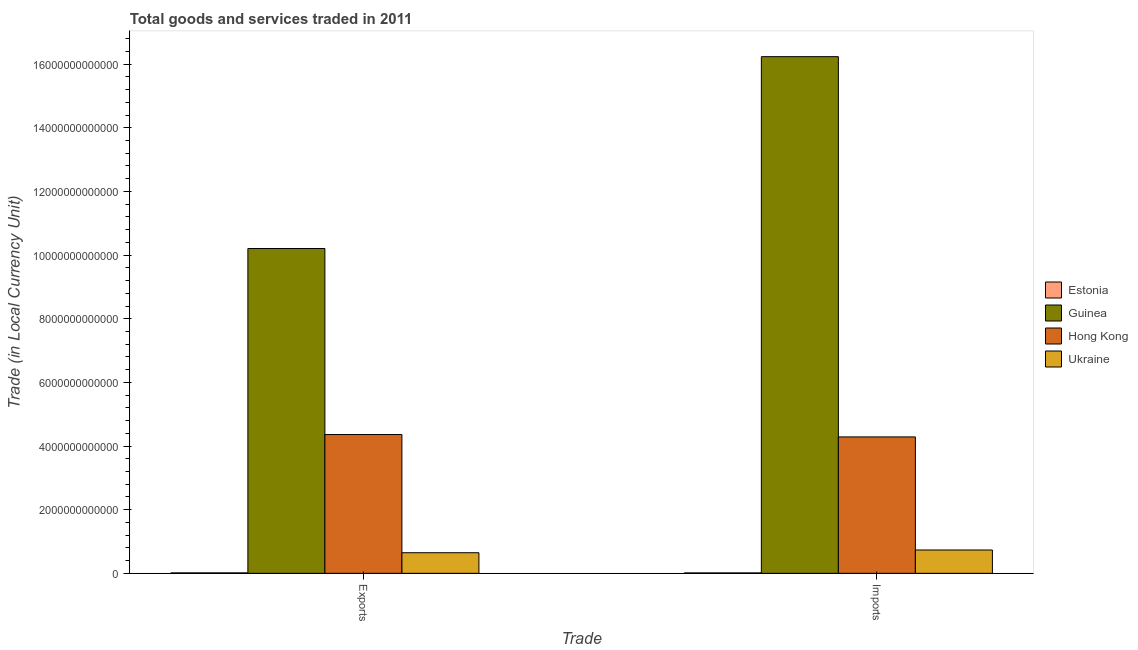
| Trade | Estonia | Guinea | Hong Kong | Ukraine |
 | --- | --- | --- | --- | --- |
 | Exports | 1.44e+10 | 1.02e+13 | 4.36e+12 | 6.48e+11 |
 | Imports | 1.35e+10 | 1.62e+13 | 4.29e+12 | 7.34e+11 |